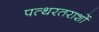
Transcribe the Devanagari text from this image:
पत्थरतराशों